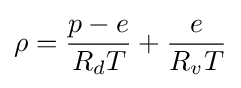
\rho ={\frac {p-e}{R_{d}T}}+{\frac {e}{R_{v}T}}